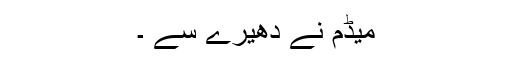
میڈم نے دھیرے سے ۔